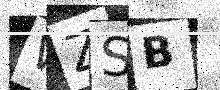
Text: WZSB